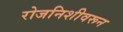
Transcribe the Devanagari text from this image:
रोजनिशीवरून